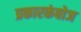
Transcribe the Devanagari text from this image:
प्रकारकंबोज